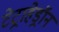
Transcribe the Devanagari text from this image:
टेट्राहेड्रॉन